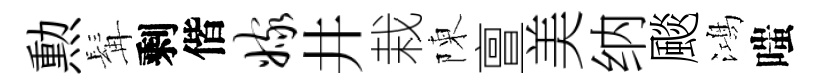
勲髯剩偕嫁井栽陳亶美纳颷鴻嗤